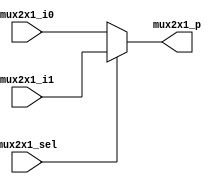
`timescale 1ns / 1ps
//////////////////////////////////////////////////////////////////////////////////
// Company: 
// Engineer: 
// 
// Design Name: 
// Module Name: mux2x1_Ninput
// Project Name: 
// Target Devices: 
// Tool Versions: 
// Description: 
// 
// Dependencies: 
// 
// Revision:
// Revision 0.01 - File Created
// Additional Comments:
// 
//////////////////////////////////////////////////////////////////////////////////


module mux2x1_Ninput#(parameter SIZE = 4)                
    (                                               
    input  mux2x1_sel,         
    input [SIZE-1:0] mux2x1_i0,
    input [SIZE-1:0] mux2x1_i1,                    
    output [SIZE-1:0] mux2x1_p                              
    );                                              
													
    assign mux2x1_p = (mux2x1_sel) ? mux2x1_i1 : mux2x1_i0;   
endmodule